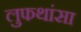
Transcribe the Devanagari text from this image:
लुफथांसा